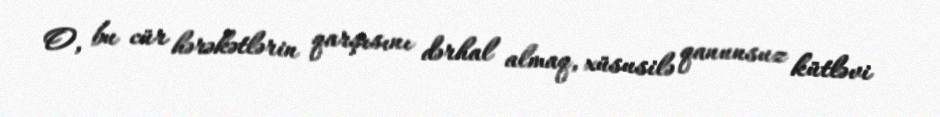
O, bu cür hərəkətlərin qarşısını dərhal almaq, xüsusilə qanunsuz kütləvi